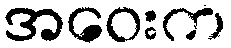
အဝေးက